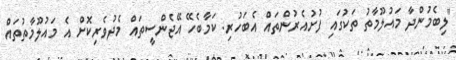
"ލިބެމުންދާ މައުލޫމާތު ތަކުގައި ފުށުއެރުންތައް އެބަހުރި. ކަމާބެހޭ އޭޖެންސީތައް މެދުވެރިކޮށް އެ މައުލޫމާތުތައް